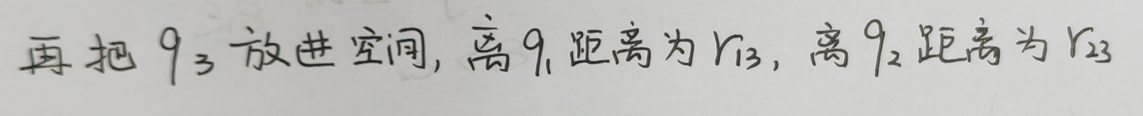
再把\(q_{3}\)放进空间，离\(q_{1}\)距离为\(r_{13}\)，离\(q_{2}\)距离为\(r_{23}\)